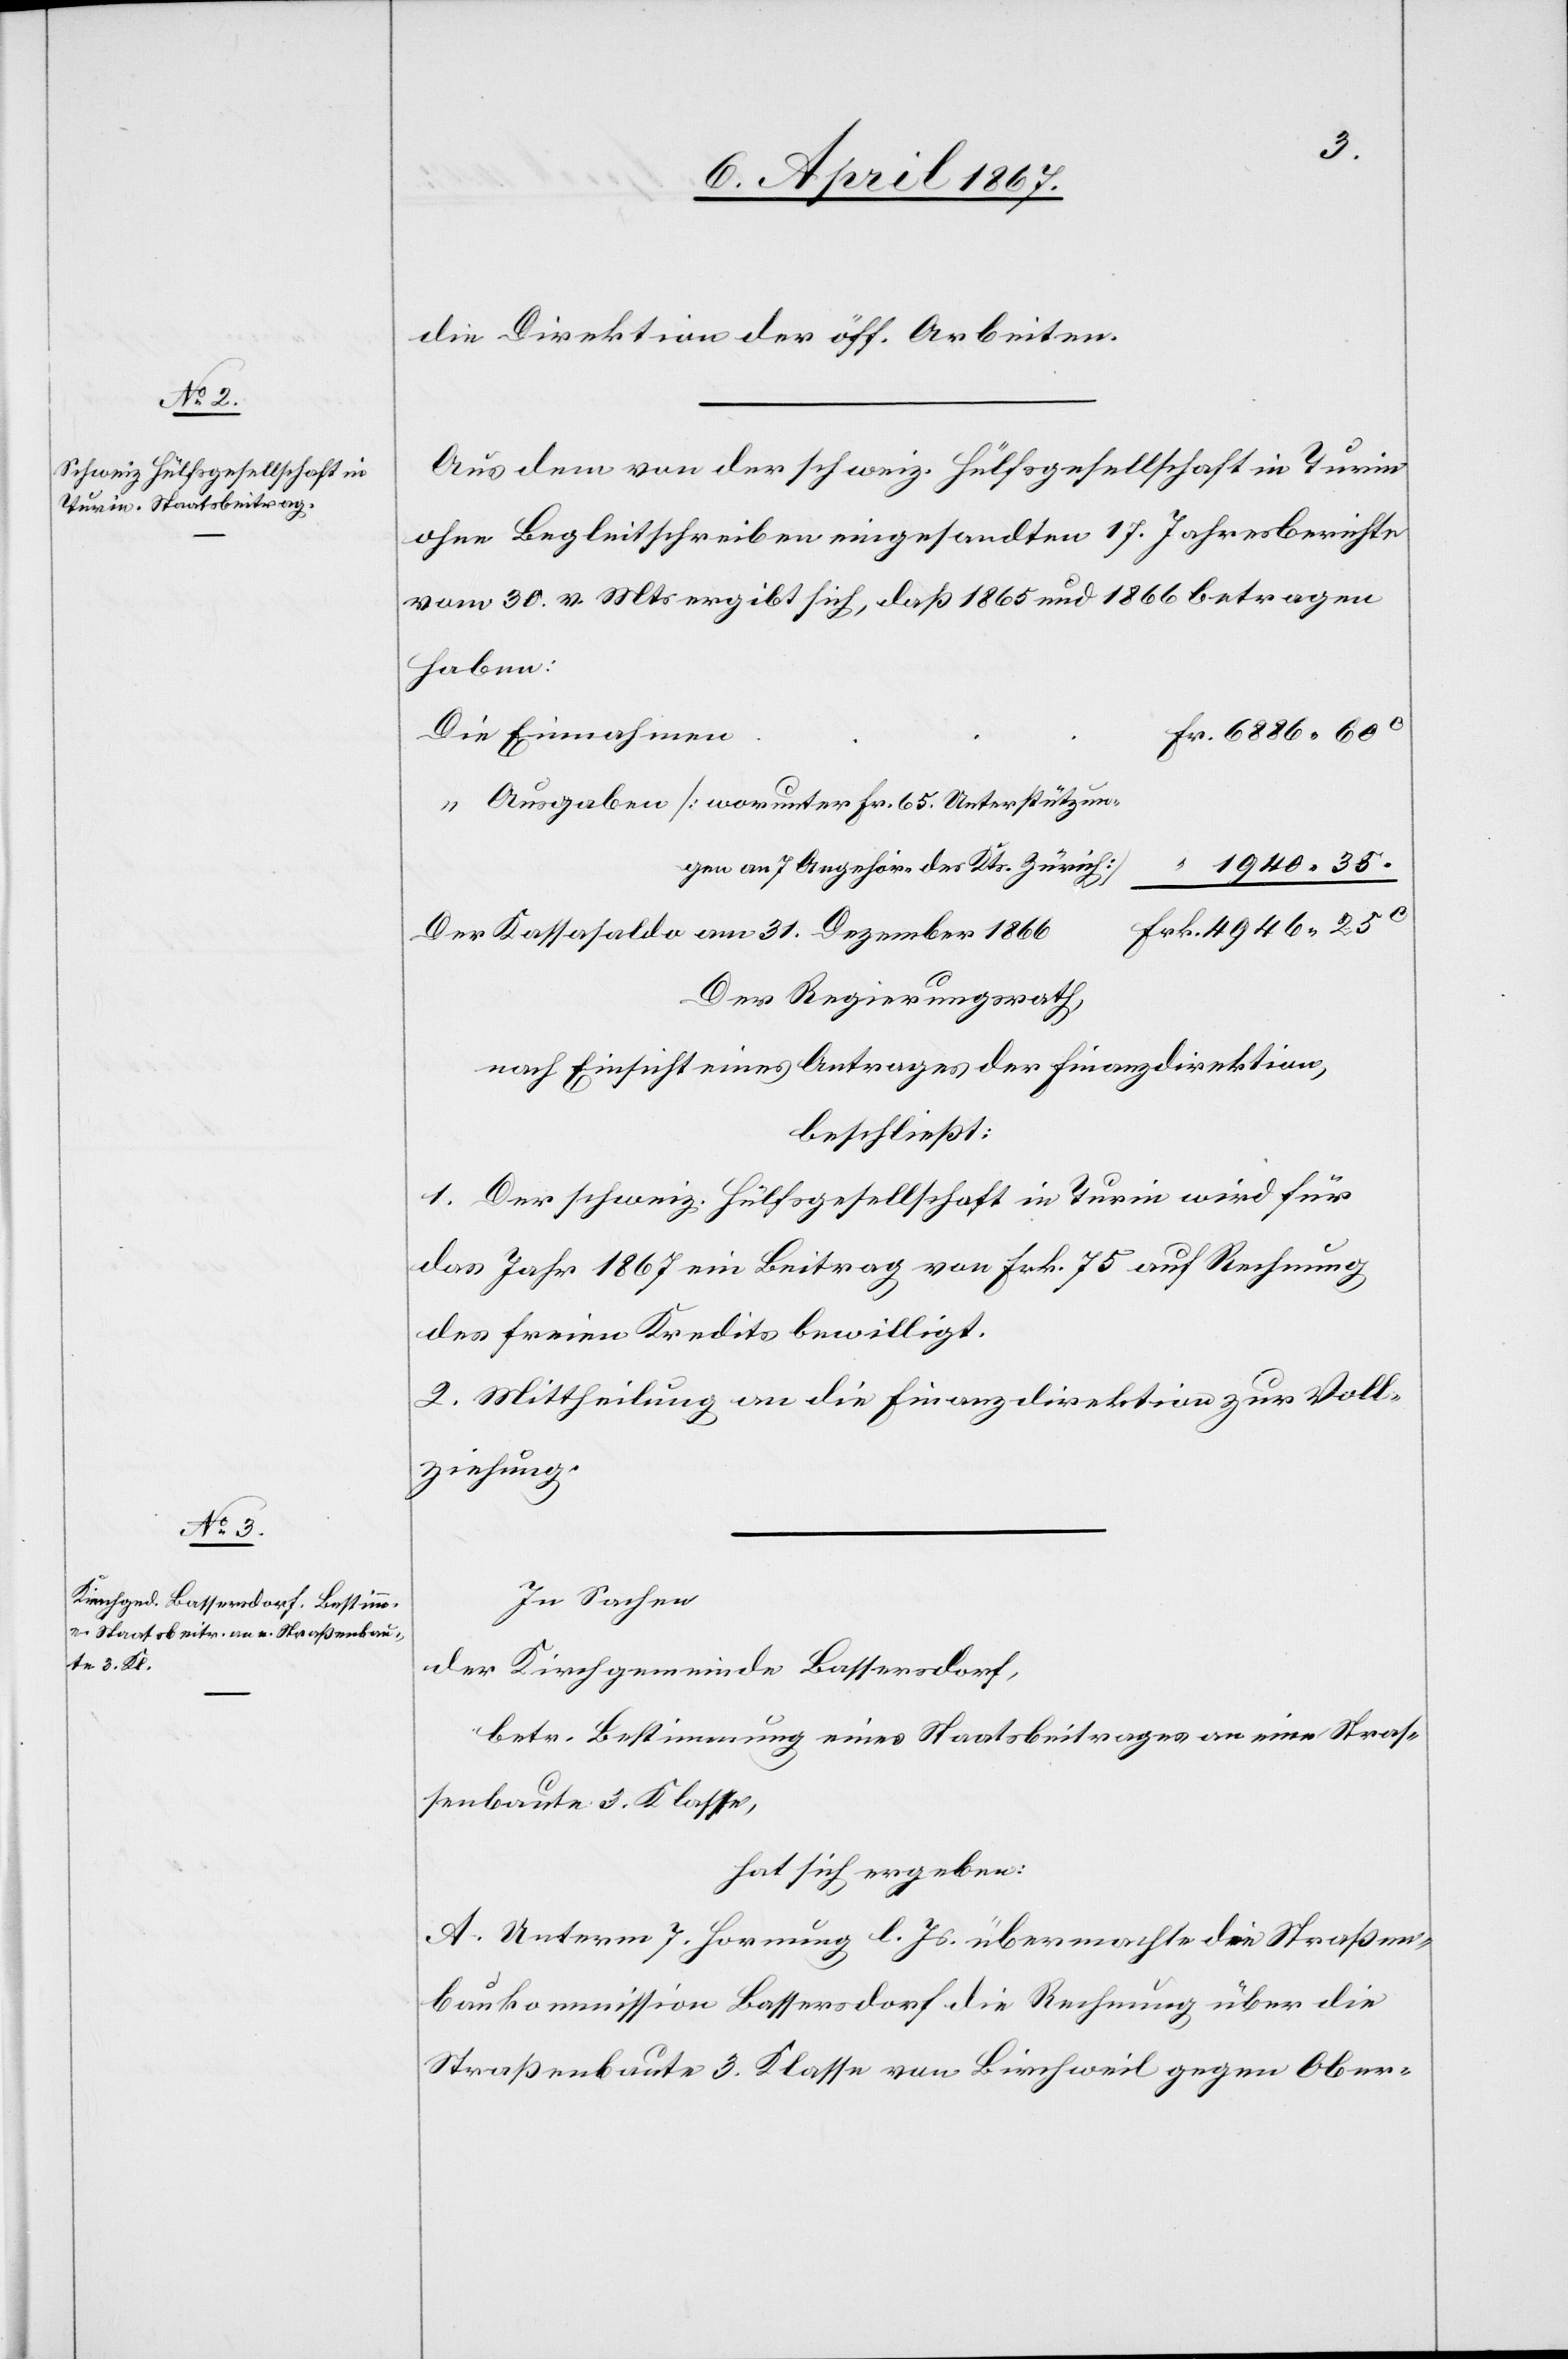
die Direktion der öff. Arbeiten.
Aus dem von der schweiz. Hülfsgesellschaft in Turin
ohne Begleitschreiben eingesandten 17. Jahresberichte
vom 30. v. Mts ergibt sich, daß 1865 und 1866 betragen
haben:
“	Ausgaben [worunter Fr. 65. Unterstützungen
an 7 Angehör. der Kts. Zürich]		 “		1940.35.
rk.	4946,25c
Der Kassasaldo am 31. Dezember 1866		F¬
Der Regierungsrath,
nach Einsicht eines Antrages der Finanzdirektion,
beschließt:
1. Der schweiz. Hülfsgesellschaft in Turin wird für
das Jahr 1867 ein Beitrag von Frk. 75 auf Rechnung
des freien Kredits bewilligt.
2. Mittheilung an die Finanzdirektion zur Voll¬
ziehung.
In Sachen
der Kirchgemeinde Bassersdorf,
betr. Bestimmung eines Staatsbeitrages an eine Straß¬
enbaute 3. Klasse,
hat sich ergeben:
A. Unterm 7. Hornung l. Js. übermachte die Straßen¬
baukommission Bassersdorf die Rechnung über die
Straßenbaute 3. Klasse von Birchweil gegen Ober-